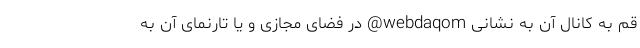
قم به کانال آن به نشانی webdaqom@ در فضای مجازی و یا تارنمای آن به